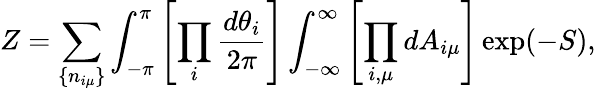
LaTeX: Z=\sum_{\{ n_{i\mu}\} }\int_{-\pi}^{\pi}\left[\prod_{i}\frac{d\theta_{i}}{2\pi}\right]\int_{-\infty}^{\infty}\left[\prod_{i,\mu}dA_{i\mu}\right]\exp(-S),